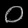
Digit: ၀